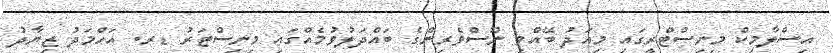
އިސްލާމިކް މިނިސްޓްރީގައި މިއަދު ބޭއްވި ނޫސްވެރިންގެ ބައްދަލުވުމެއްގައި މިނިސްޓަރު ޑރ. އަހްމަދު ޒިޔާދު